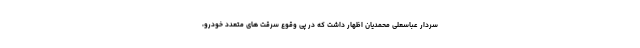
سردار عباسعلی محمدیان اظهار داشت که در پی وقوع سرقت های متعدد خودرو،